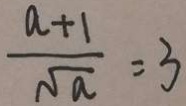
\frac { a + 1 } { \sqrt { a } } = 3